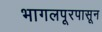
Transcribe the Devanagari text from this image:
भागलपूरपासून